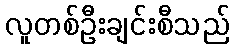
လူတစ်ဦးချင်းစီသည်